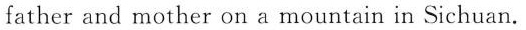
father and mother on a mountain in Sichuan.